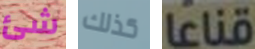
شئ كذلك قناعا